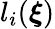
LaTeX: l_{i}(\boldsymbol{\xi})